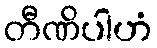
တီဏိပါဟံ